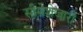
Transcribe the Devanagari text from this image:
सीमेशेजारी